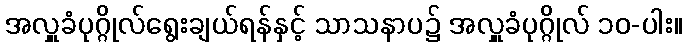
အလှူခံပုဂ္ဂိုလ်ရွေးချယ်ရန်နှင့် သာသနာပ၌ အလှူခံပုဂ္ဂိုလ် ၁၀-ပါး။